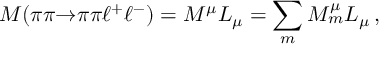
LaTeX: { \cal M } ( \pi \pi { \to } \pi \pi \ell ^ { + } \ell ^ { - } ) = { \cal M } ^ { \mu } L _ { \mu } = \sum _ { m } { \cal M } _ { m } ^ { \mu } L _ { \mu } \, ,